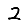
Digit: 2